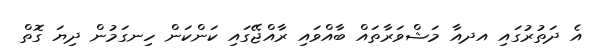
އެ ދަތުރުގައި އދއާ މަޝްވަރާތައް ބާއްވައި ރާއްޖޭގައި ކަންކަން ހިނގަމުން ދިޔަ ގޮތް